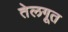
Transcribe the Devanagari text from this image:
तेलगूत